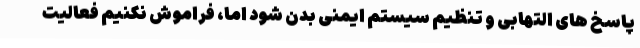
پاسخ های التهابی و تنظیم سیستم ایمنی بدن شود اما، فراموش نکنیم فعالیت